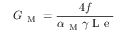
G _ { \mathrm { ~ M ~ } } = \frac { 4 f } { \alpha _ { \mathrm { ~ M ~ } } \gamma \mathrm { ~ L ~ e ~ } }